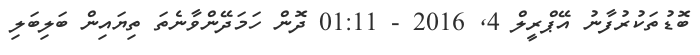
ބޮޑުތަކުރުފާނު އޭޕްރީލް 4